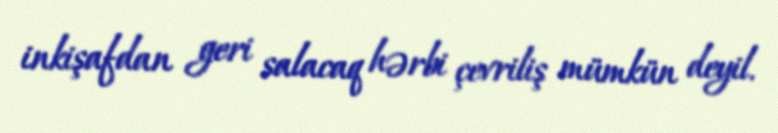
inkişafdan geri salacaq hərbi çevriliş mümkün deyil.